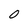
Character: 0